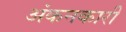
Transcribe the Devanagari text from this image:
अंकनकारी